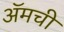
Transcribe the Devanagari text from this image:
ॲमची